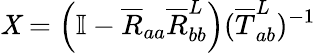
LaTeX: \mathit{X}=\left(\mathbb{{I}}-\overline{{{R}}}_{aa}\overline{{{R}}}_{bb}^{L}\right)(\overline{{{T}}}_{ab}^{L})^{-1}